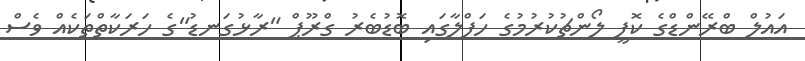
އައުލް ބްރޭންޑްގެ ކޮފީ ލޯންޗުކުރުމުގެ ހަފްލާގައި ބޮޑުބެރު ގްރޫޕް "ރާޅުގަނޑު"ގެ ހަރަކާތްތަކެއް ވެސް